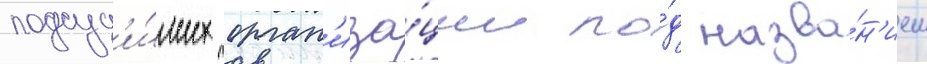
подсуд'и́мых орган'иза́ции по́д назва́н'ием